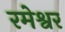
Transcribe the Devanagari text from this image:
रमेश्वर